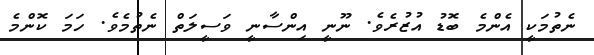
ނެތުމަކީ އެންމެ ބޮޑު އުޒުރެވެ. ނޫނީ އިންސާނީ ވަސީލަތް ނެތުމެވެ. ހަމަ ކޮންމެ